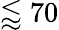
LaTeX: \lessapprox 70